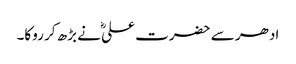
ادھر سے حضرت علیؓ نے بڑھ کر روکا۔